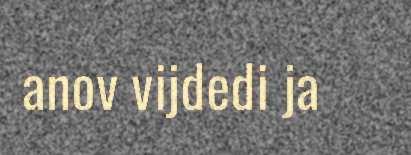
anov vijdedi ja